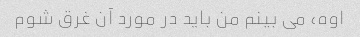
اوه، می بینم من باید در مورد آن غرق شوم